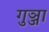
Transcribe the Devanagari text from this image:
गुञ्जा